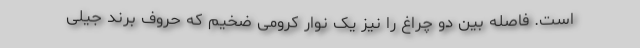
است. فاصله بین دو چراغ را نیز یک نوار کرومی ضخیم که حروف برند جیلی